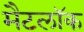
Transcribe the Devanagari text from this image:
मैटलॉक